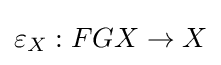
\varepsilon _{X}:FGX\to X